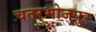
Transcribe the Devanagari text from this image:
चतरभोजपुर